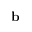
\mathbf { b }